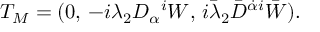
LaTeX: T _ { M } = ( 0 , \, - i \lambda _ { 2 } D _ { \alpha } { } ^ { i } W , \, i \bar { \lambda } _ { 2 } \bar { D } ^ { \dot { \alpha } i } \bar { W } ) .